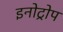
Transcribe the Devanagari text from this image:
इनोट्रोप